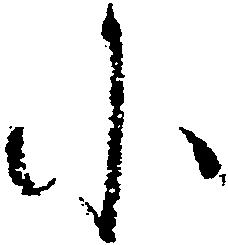
に